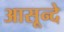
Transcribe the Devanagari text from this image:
आसून्दे